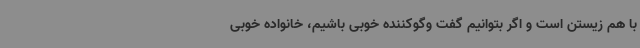
با هم زیستن است و اگر بتوانیم گفت وگوکننده خوبی باشیم، خانواده خوبی